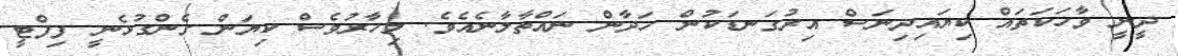
ދީނީ ވާހަކަތައް ކިޔައިދިނަސް އިރުގަނޑަކުން ހަދާން ނައްތާލާނެއެވެ. މިހާރުވެސް ކިޔަން ގެންގުޅެނީ ފިފްޓީ